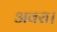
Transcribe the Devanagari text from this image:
अवरा।